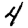
Digit: 4